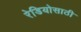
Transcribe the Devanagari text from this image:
रेडियोसाठी